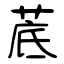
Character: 菧